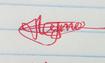
Signature authenticity: genuine